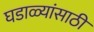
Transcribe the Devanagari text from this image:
घडाळ्यांसाठी